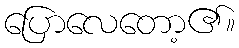
ပြောလေတော့၏။